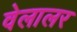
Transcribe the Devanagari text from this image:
वेलालर